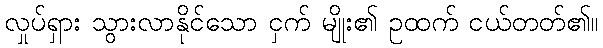
လှုပ်ရှား သွားလာနိုင်သော ငှက် မျိုး၏ ဥထက် ငယ်တတ်၏။